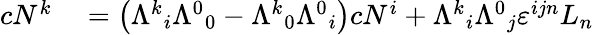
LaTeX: \begin{array}{rl}{cN^{k}}&{{}=\left({\Lambda^{k}}_{i}{\Lambda^{0}}_{0}-{\Lambda^{k}}_{0}{\Lambda^{0}}_{i}\right)cN^{i}+{\Lambda^{k}}_{i}{\Lambda^{0}}_{j}\varepsilon^{ijn}L_{n}}\end{array}